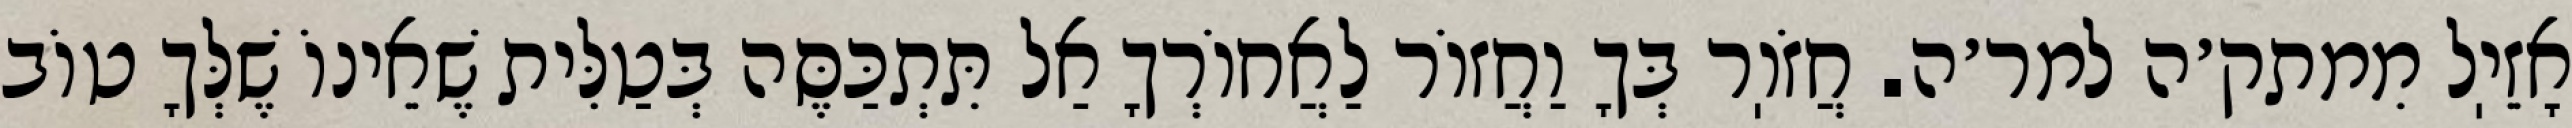
אָזֵיֽל מִמתק׳ה למר׳ה. חֲזֹוֽר בְּךָ וַחֲזוֹר לַאֲחוֹרְךָ אַל תִּתְכַּסֶּה בְּטַלִּית שֶׁאֵינוֹ שֶׁלְּךָ טוֹב